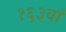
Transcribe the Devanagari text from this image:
१६३वां